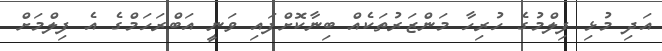
އަދި މުޅި ފިލްމުގެ ހުރިހާ މަންޒަރުތަކެއް ބިނާކޮށްފައި ވަނީ އަބްރަހަމްގެ އެ ފިލްމަށް